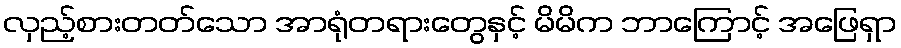
လှည့်စားတတ်သော အာရုံတရားတွေနှင့် မိမိက ဘာကြောင့် အဖြေရှာ